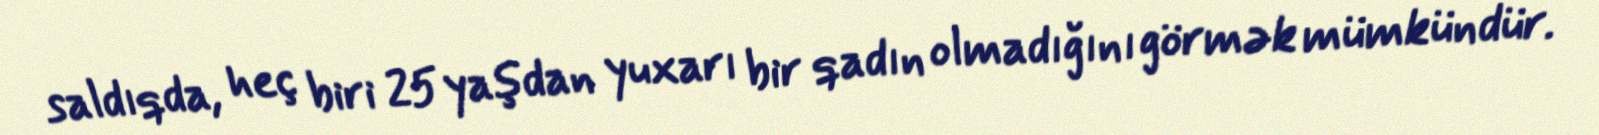
saldıqda, heç biri 25 yaşdan yuxarı bir qadın olmadığını görmək mümkündür.